Scottish Leaving Certificate Examination, 1956
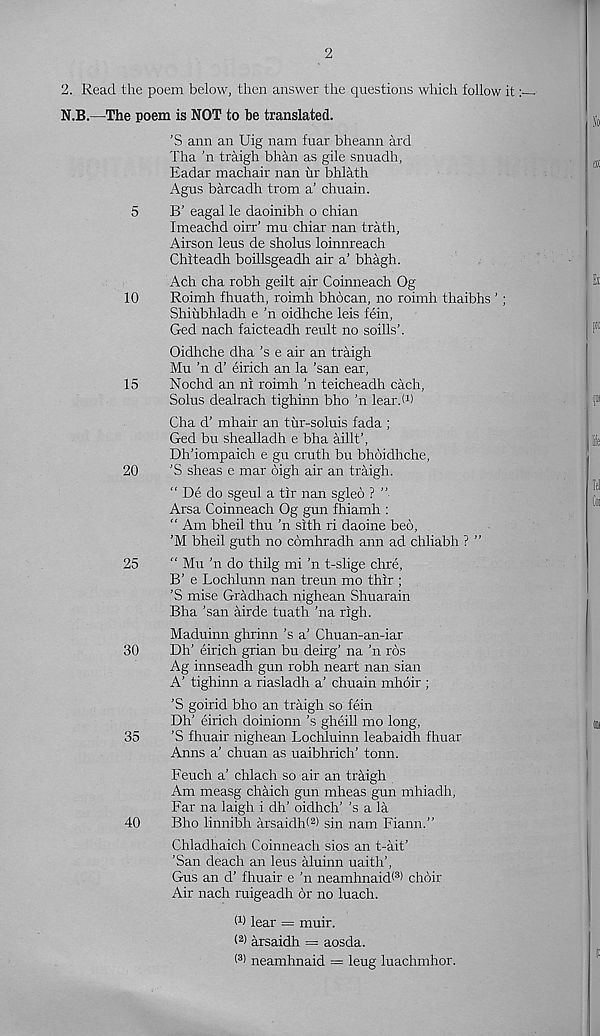
2
2. Read the poem below, then answer the questions which follow it
N.B.—The poem is NOT to be translated.
’S ann an Uig nam fuar bheann ard
Tha 'n traigh bhail as gile snuadh,
Eadar machair nan ur bhlath
Agus barcadh trom a’ chuain.
5
B’ eagal le daoinibh o chian
Imeachd oirr’ mu chiar nan trath,
Airson leus de sholus loinnreach
Chiteadh boillsgeadh air a’ bhagh.
Ach cha robh geilt air Coinneach Og
10
Roimh fhuath, roimh bhbcan, no roimh thaibhs ’;
Shiiibhladh e ’n oidhche leis fein,
Ged nach faicteadh reult no soills’.
Oidhche dha’s e air an traigh
Mu ’n d’ eirich an la 'san ear,
15
Nochd an ni roimh ’n teicheadh each,
Solus dealrach tighinn bho ’n lear.h)
Cha d’ mhair an tur-soluis fada ;
Ged bu shealladh e bha aillt’,
Dh’iompaich e gu cruth bu bhoidhche,
20
'S sheas e mar oigh air an traigh.
“ De do sgeul a tlr nan sgled ? ”
Arsa Coinneach Og gun fhiamh :
“ Am bheil thu 'n sith ri daoine bed,
’M bheil guth no cdmhradh ann ad chliabh ? ”
25
“ Mu ’n do thilg mi ’n t-slige chre,
B’ e Lochlunn nan treun mo thir ;
'S mise Gradhach nighean Shuarain
Bha ’san airde tuath ’na righ.
Maduinn ghrinn’s a’ Chuan-an-iar
30
Dh' eirich grian bu deirg’ na ’n ros
Ag innseadh gun robh neart nan sian
A’ tighinn a riasladh a’ chuain mhoir ;
’S goirid bho an traigh so fein
Dh’ eirich doinionn’s gheill mo long,
35
’S fhuair nighean Lochluinn leabaidh fhuar
Anns a’ chuan as uaibhrich’ tonn.
Feuch a’ chlach so air an traigh
Am measg chaich gun mheas gun mhiadh,
Far na laigh i dh’ oidhch’ ’s a la
40
Bho linnibh arsaidbt 2 ) sin nam Fiann.”
Chladhaich Coinneach sios an t-ait’
’San deach an leus aluinn uaith’,
Gus an d’ fhuair e ’n neamhnaid( s > choir
Air nach ruigeadh or no luach.
O) lear = muir.
arsaidh = aosda.
( 8 > neamhnaid = leug luachmhor.